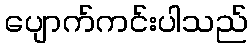
ပျောက်ကင်းပါသည်